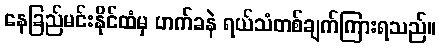
နေခြည်မင်းနိုင်ထံမှ ဟက်ခနဲ ရယ်သံတစ်ချက်ကြားရသည်။